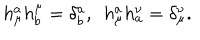
h _ { \mu } ^ { a } h _ { b } ^ { \mu } = \delta _ { b } ^ { a } , ~ ~ h _ { \mu } ^ { a } h _ { a } ^ { \nu } = \delta _ { \mu } ^ { \nu } .